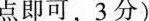
点即可，3分)